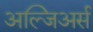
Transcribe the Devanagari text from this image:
अल्जिअर्स